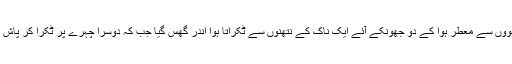
جہاں خوشبوؤں سے معطر ہوا کے دو جھونکے آئے ایک ناک کے نتھنوں سے ٹکراتا ہوا اندر گھس گیا جب کہ دوسرا چہرے پر ٹکرا کر پاش پاش ہو گیا۔